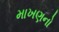
માખણનો